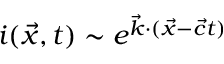
i ( \vec { x } , t ) \sim e ^ { \vec { k } \cdot ( \vec { x } - \vec { c } t ) }